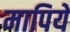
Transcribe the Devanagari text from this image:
मापिये